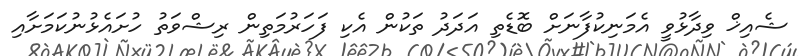
ޝެއިޚް ވިދާޅުވީ އެމަނިކުފާނަށް ބޮޑެތި އަދަދު ތަކުން އެކި ފަހަރުމަތިން ރިޝްވަތު ހުށައެޅުނުކަމަށާއި